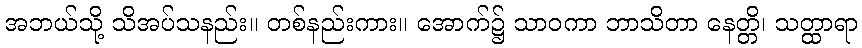
အဘယ်သို့ သိအပ်သနည်း။ တစ်နည်းကား။ အောက်၌ သာဝကာ ဘာသိတာ နေတ္တိ၊ သတ္ထာရာ